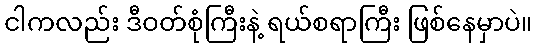
ငါကလည်း ဒီဝတ်စုံကြီးနဲ့ ရယ်စရာကြီး ဖြစ်နေမှာပဲ။